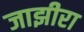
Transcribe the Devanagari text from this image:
जाझीरा